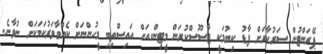
ޕޭރަންޓުން ސަރުކާރަށް ފާޑު ކިޔުމަކީ ޖާސޫސްކުރަން މީޓިންގއަށް އައިސްތިބި މީހުންނަށް ކެއްވާވަރުކަމަކަށް ނުވާނެ.